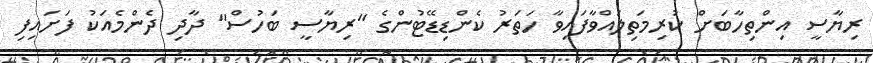
ރިޔާސީ އިންތިހާބަށް ކުރިމަތިލައްވާފައިވާ ހަތަރު ކެންޑިޑޭޓުންގެ "ރިޔާސީ ބަހުސް" ދާދި ދެންމެއަކު ފަށައިފި